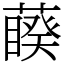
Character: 藈